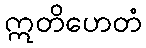
ဣတိဟေတံ